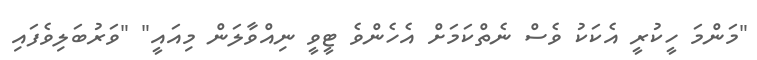
"މަންމަ ހީކުރީ އެކަކު ވެސް ނެތްކަމަށް އެހެންވެ ޓީވީ ނިއްވާލަން މިއައީ" "ވަރުބަލިވެފައި